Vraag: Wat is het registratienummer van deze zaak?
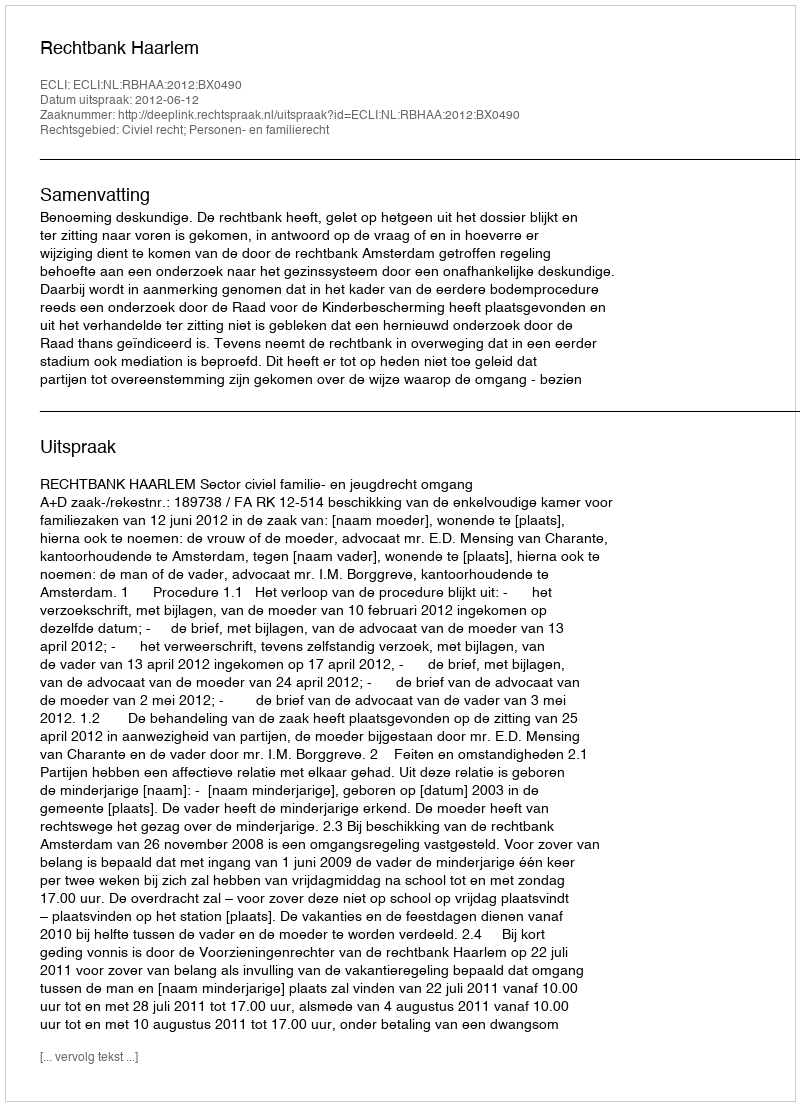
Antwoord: http://deeplink.rechtspraak.nl/uitspraak?id=ECLI:NL:RBHAA:2012:BX0490